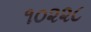
૧૦૨૨૮